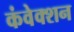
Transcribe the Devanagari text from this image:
कंवेक्शन